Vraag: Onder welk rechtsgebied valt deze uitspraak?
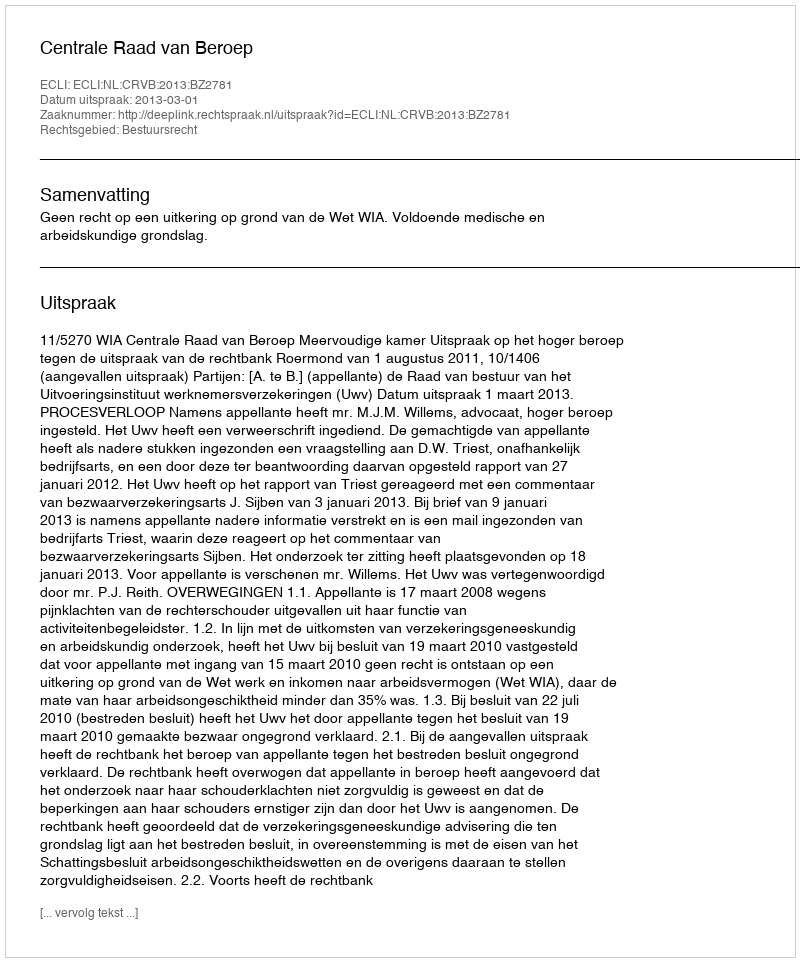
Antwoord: Bestuursrecht